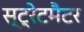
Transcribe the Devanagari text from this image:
स्ट्रेटमैटर